Lunatic asylums Madras 1877-1891 - 1877-1891
Year: 1877
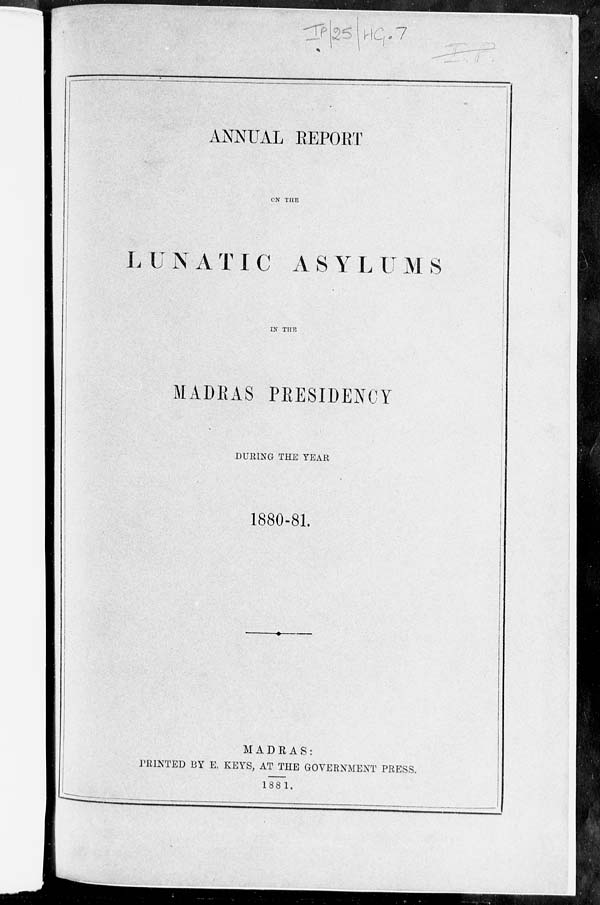
ANNUAL REPORT
ON THE
LUNATIC ASYLUMS
IN THE
MADRAS PRESIDENCY
DURING THE YEAR
1880-81.
MADRAS:
PRINTED BY E. KEYS, AT THE GOVERNMENT PRESS.
1881.